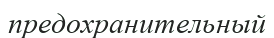
предохранительный